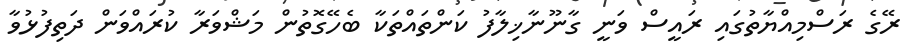
ރޭގެ ރަސްމިއްޔާތުގައި ރައީސް ވަނީ ގާނޫނާޚިލާފު ކަންތައްތަކާ ބެހޭގޮތުން މަޝްވަރާ ކުރައްވަން ދަތިފުޅުވާ